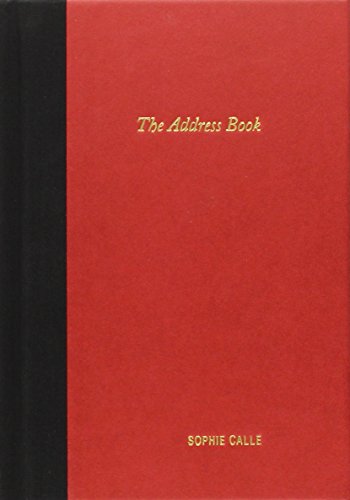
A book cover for Sophie Calle: The Address Book; Arts & Photography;